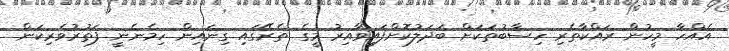
އެއްހާ މީހުން ރައްކާތެރި ހިސާބުތަކަށް ބަދަލުކޮށްފައިވާއިރު މީގެ ތެރޭގައި ގިނައިން ހިމެނެނީ ފަތުރުވެރިކަން